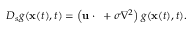
D _ { s } g ( { \bf x } ( t ) , t ) = \left( { \bf u } \cdot { \bf \nabla } + \sigma \nabla ^ { 2 } \right) g ( { \bf x } ( t ) , t ) .